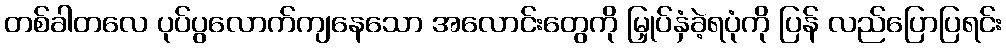
တစ်ခါတလေ ပုပ်ပွလောက်ကျနေသော အလောင်းတွေကို မြှုပ်နှံခဲ့ရပုံကို ပြန် လည်ပြောပြရင်း